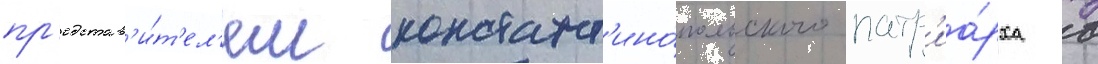
пр'едстав'и́т'ел'ем констант'ино́польского патр'иа́рха в